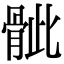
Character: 骴